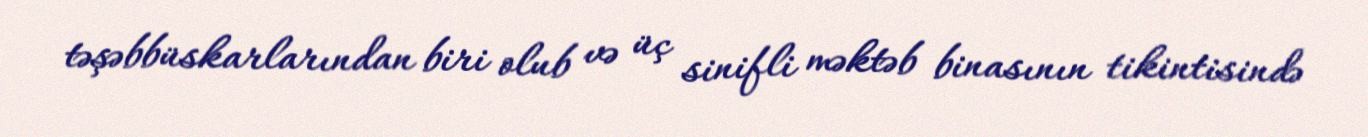
təşəbbüskarlarından biri olub və üç sinifli məktəb binasının tikintisində